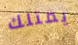
يمتلك